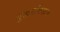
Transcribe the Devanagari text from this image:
बुद्धरविखत